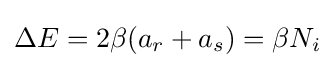
\Delta E=2\beta (a_{r}+a_{s})=\beta N_{i}